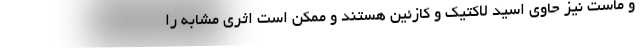
و ماست نیز حاوی اسید لاکتیک و کازئین هستند و ممکن است اثری مشابه را